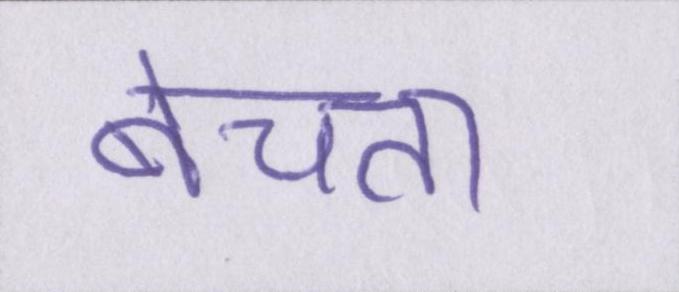
बेचता